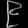
Digit: ၉